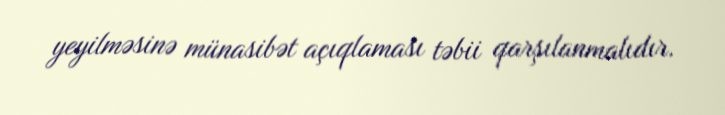
yeyilməsinə münasibət açıqlaması təbii qarşılanmalıdır.